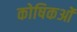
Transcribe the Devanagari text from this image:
कोषिकओं